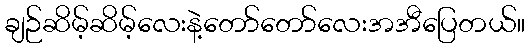
ချဉ်ဆိမ့်ဆိမ့်လေးနဲ့တော်တော်လေးအအီပြေတယ်။